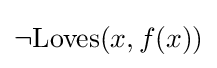
\lnot \mathrm {Loves} (x,f(x))